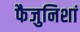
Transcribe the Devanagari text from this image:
फैजुनिशां